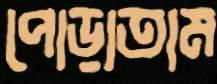
পোড়াতাম